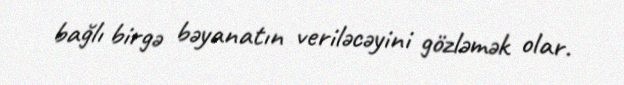
bağlı birgə bəyanatın veriləcəyini gözləmək olar.